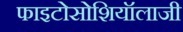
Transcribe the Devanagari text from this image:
फाइटोसोशियॉलाजी